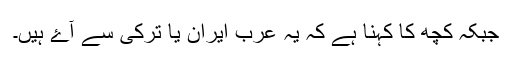
جبکہ کچھ کا کہنا ہے کہ یہ عرب ایران یا ترکی سے آۓ ہیں۔